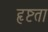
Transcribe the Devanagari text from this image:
हृष्टता